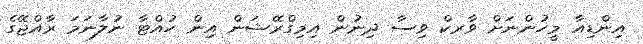
އިންޑިއާ މީހުންނަށް ވާރކް ވިސާ ދިނުން އިމިގްރޭޝަން އިން ހުއްޓާ ނުލާނަމަ ރާއްޖޭގެ